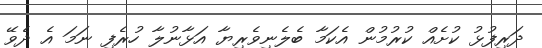
ދަރިފުޅު ކުށެއް ކުރުމުން އެކަމާ ބެލެނިވެރިޔާ އަޅާނުލާ ހުރެފި ނަމަ އެ ދެވޭ